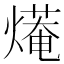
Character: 𤎣